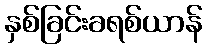
နှစ်ခြင်းခရစ်ယာန်